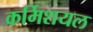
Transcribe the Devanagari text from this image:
कर्मिशयल